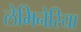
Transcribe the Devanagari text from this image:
लेमिनेरिया